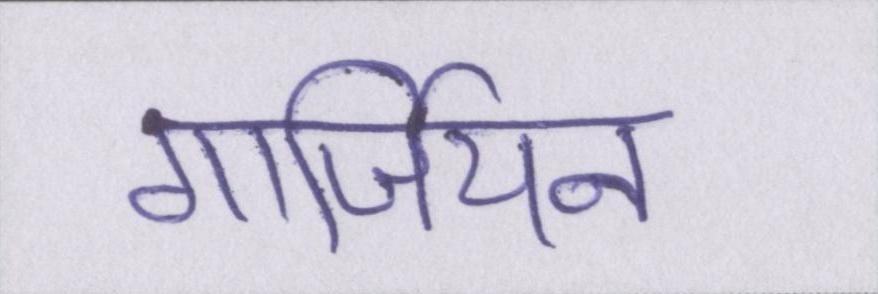
गार्जियन